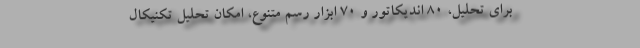
برای تحلیل، 80 اندیکاتور و 70 ابزار رسم متنوع، امکان تحلیل تکنیکال